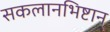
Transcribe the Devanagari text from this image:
सकलानभिष्टान्